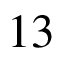
1 3